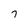
Character: 7